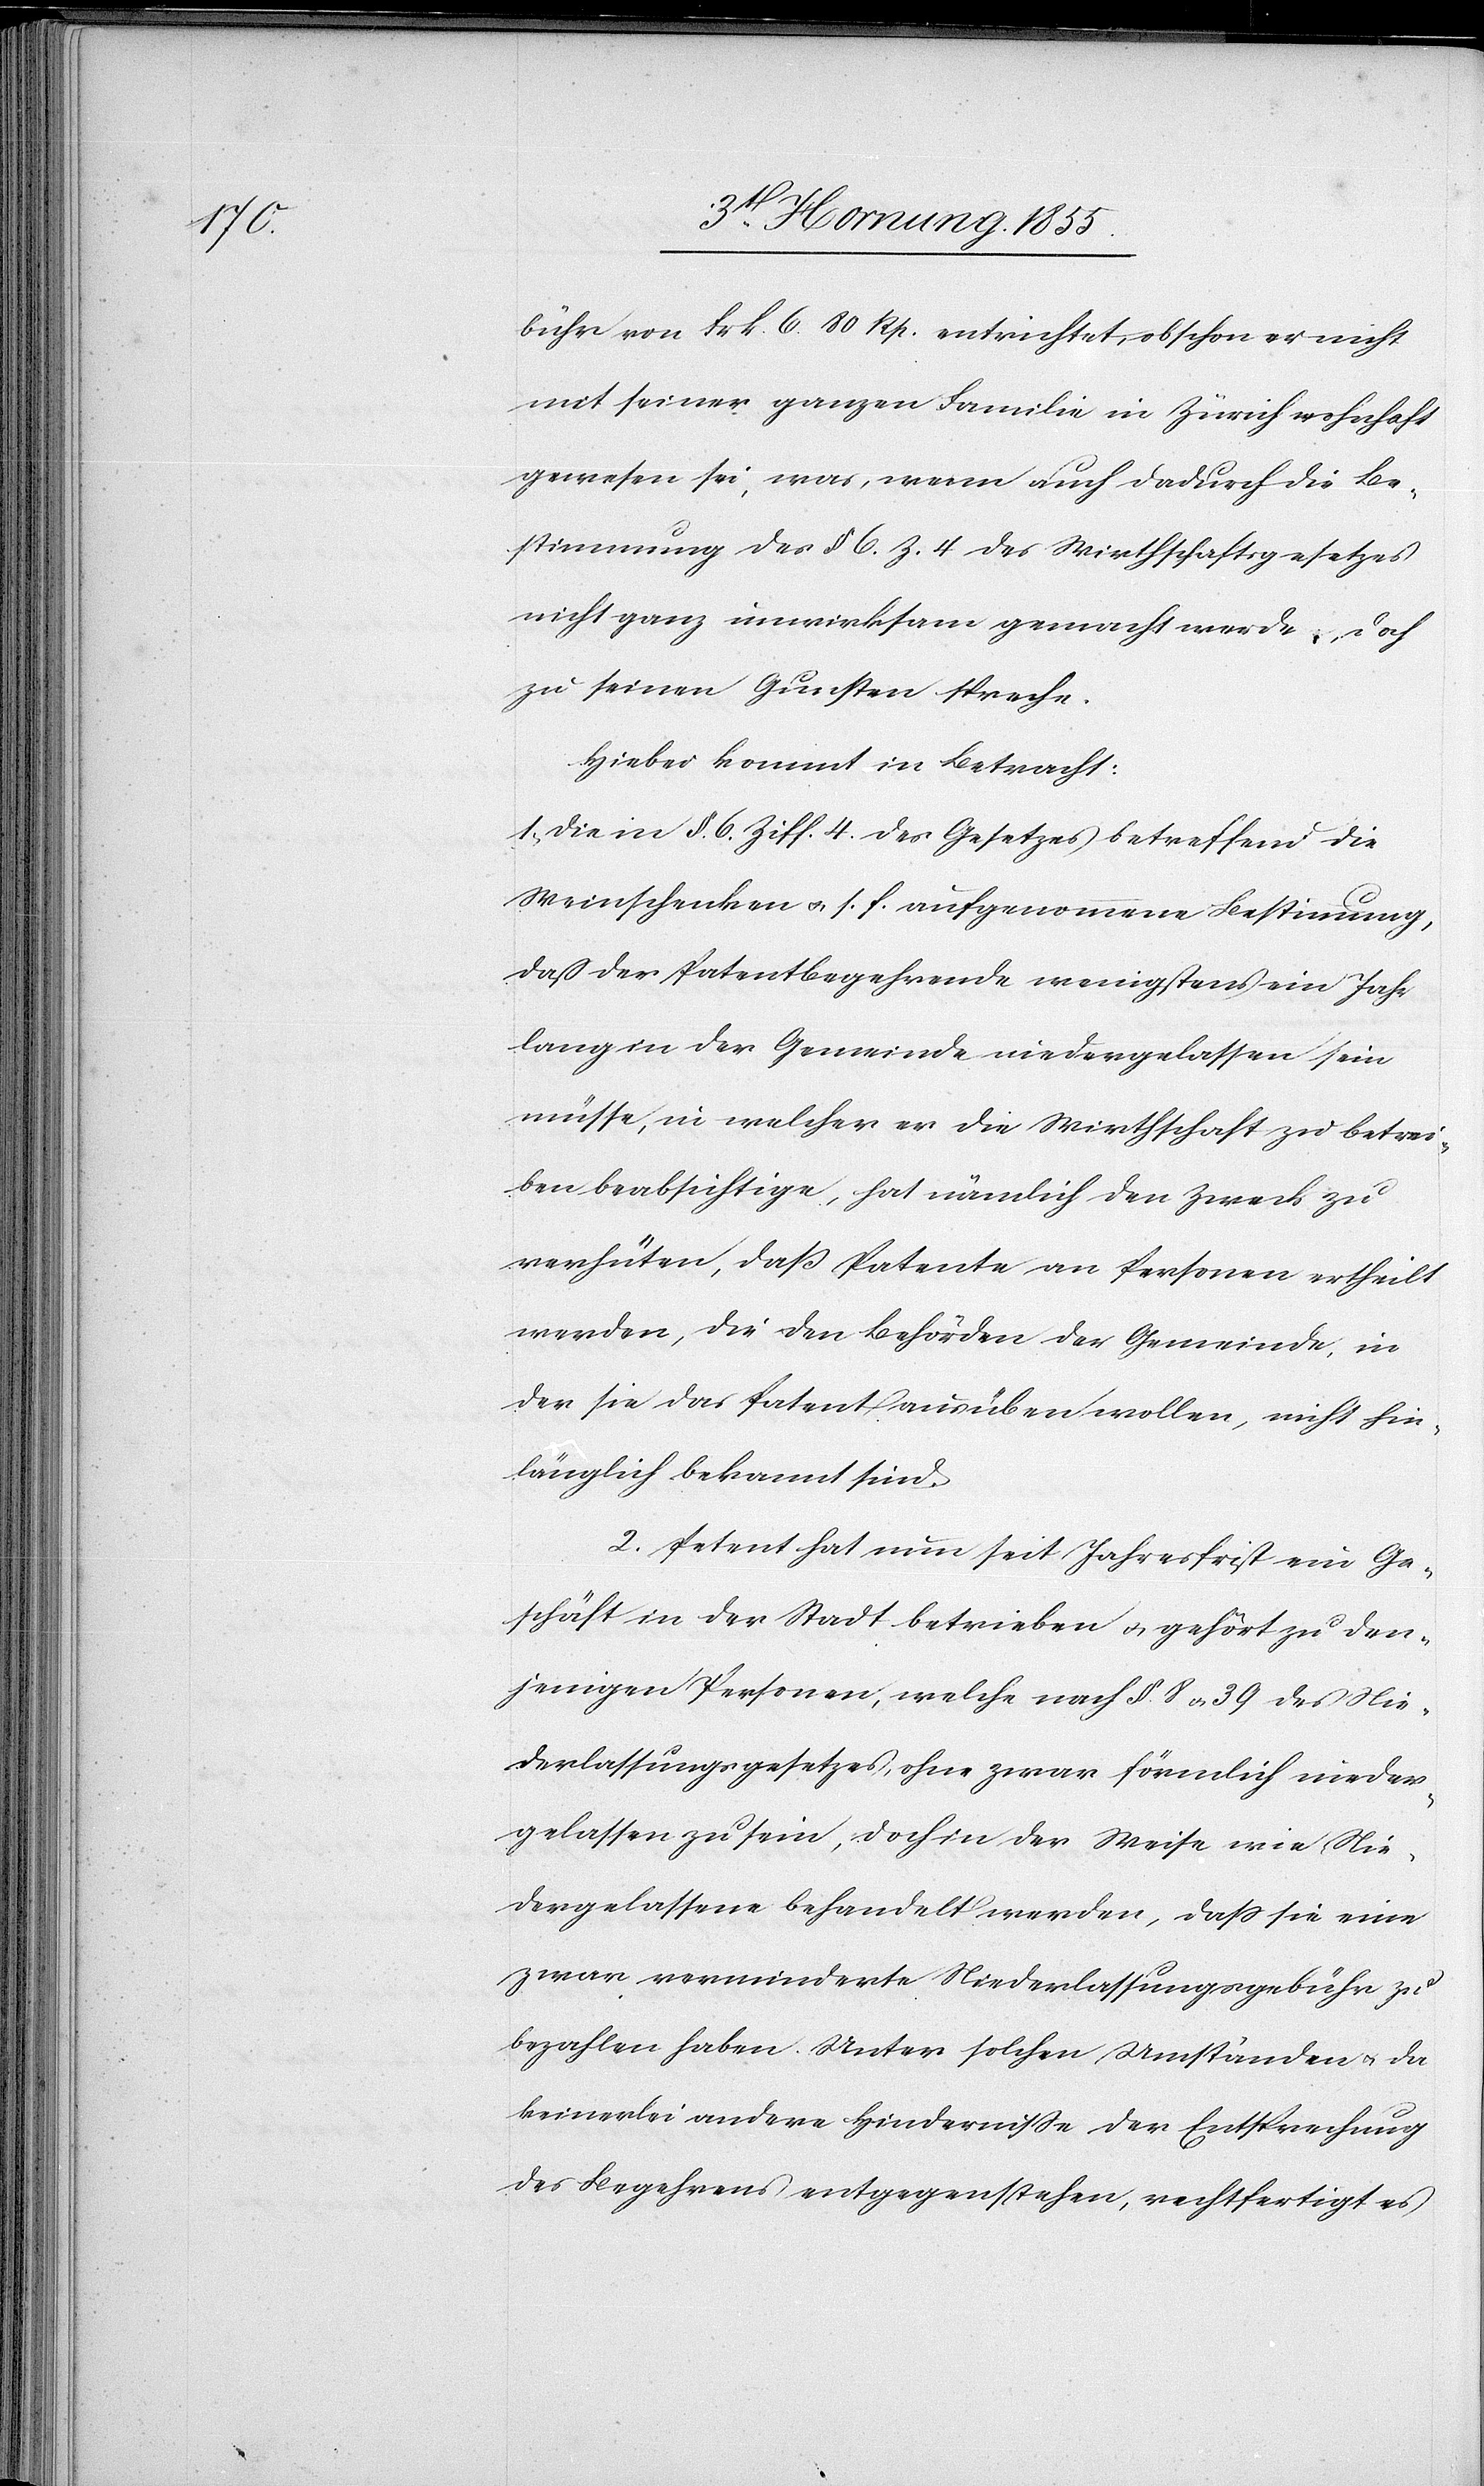
bühr von Frk. 6. 80 Rp. entrichtet, obschon er nicht
mit seiner ganzen Familie in Zürich wohnhaft
gewesen sei, was, wenn auch dadurch die Be¬
stimmung des § 6. Z: 4 des Wirthschaftsgesetzes
nicht ganz unwirksam gemacht werde, doch
zu seinen Gunsten spreche.
Hiebei kommt in Betracht:
1, Die in §. 6. Ziff. 4. des Gesetzes betreffend die
Weinschenken & s. f. aufgenommene Bestimmung,
dass der Patentbegehrende wenigstens ein Jahr
lang in der Gemeinde niedergelassen sein
müsse, in welcher er die Wirthschaft zu betrei¬
ben beabsichtige, hat nämlich den Zweck zu
verhüten, daß Patente an Personen ertheilt
werden, die den Behörden der Gemeinde, in
der sie das Patent ausüben wollen, nicht hin¬
länglich bekannt sind.
2. Petent hat nun seit Jahresfrist ein Ge¬
schäft in der Stadt betrieben & gehört zu den¬
jenigen Personen, welche nach §. 8 & 39 des Nie¬
derlassungsgesetzes, ohne zwar förmlich nieder¬
gelassen zu sein, doch in der Weise wie Nie¬
dergelassene behandelt werden, dass sie eine
zwar verminderte Niederlassungsgebühr zu
bezahlen haben. Unter solchen Umständen & da
keinerlei andere Hindernisse der Entsprechung
des Begehrens entgegenstehen, rechtfertigt es